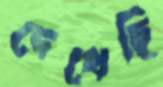
দেখেছি